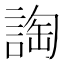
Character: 䛬